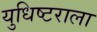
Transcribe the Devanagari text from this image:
युधिष्टराला